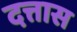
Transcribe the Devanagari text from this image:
दत्तास